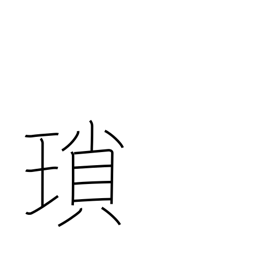
Meaning: chain